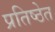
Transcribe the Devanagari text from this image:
प्रतिष्ठेत